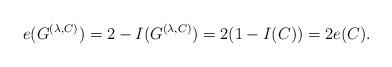
LaTeX: \begin{align*} e(G^{(\lambda,C)}) = 2-I(G^{(\lambda,C)}) = 2(1-I(C)) = 2e(C).\end{align*}